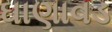
ઘાણાવડ